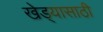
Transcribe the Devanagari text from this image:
खेड्यासाठी